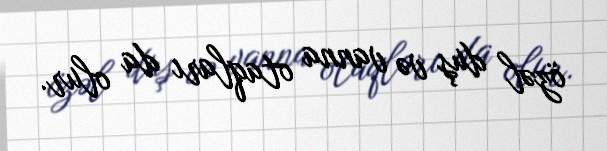
özəl duş və vanna otaqları da olur.